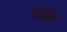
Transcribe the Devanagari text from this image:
घमैरी